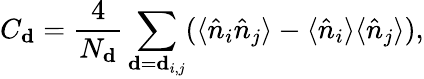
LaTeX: C_{\mathbf{d}}=\frac{4}{N_{\mathbf{d}}}\sum_{\mathbf{d}=\mathbf{d}_{i,j}}(\langle\hat{n}_{i}\hat{n}_{j}\rangle-\langle\hat{n}_{i}\rangle\langle\hat{n}_{j}\rangle),